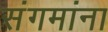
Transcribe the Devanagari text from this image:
संगमांना